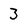
Character: 3